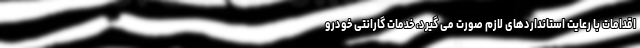
اقدامات با رعایت استانداردهای لازم صورت می گیرد، خدمات گارانتی خودرو